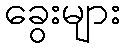
ခွေးများ